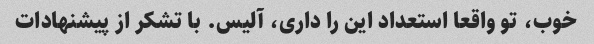
خوب، تو واقعا استعداد این را داری، آلیس. با تشکر از پیشنهادات